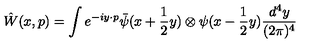
\hat { W } ( x , p ) = \int e ^ { - i y \cdot p } \bar { \psi } ( x + \frac { 1 } { 2 } y ) \otimes \psi ( x - \frac { 1 } { 2 } y ) \frac { d ^ { 4 } y } { ( 2 \pi ) ^ { 4 } }